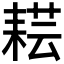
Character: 𦓷